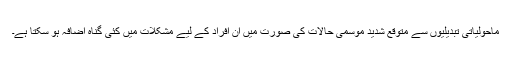
ماحولیاتی تبدیلیوں سے متوقع شدید موسمی حالات کی صورت میں ان افراد کے لیے مشکلات میں کئی گناہ اضافہ ہو سکتا ہے۔